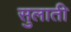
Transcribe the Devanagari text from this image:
सुलाती